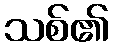
သစ်၏